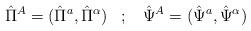
LaTeX: \begin{align*}\hat{\Pi}^{A}=(\hat{\Pi}^{a},\hat{\Pi}^{\alpha}) \; \; \; ; \; \;\;\hat{\Psi}^{A}=(\hat{\Psi}^{a},\hat{\Psi}^{\alpha})\end{align*}